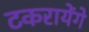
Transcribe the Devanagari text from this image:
टकरायेंगे